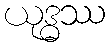
ယုဒ္ဓဿ